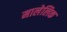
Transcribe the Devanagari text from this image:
मालेलिक